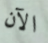
الآن